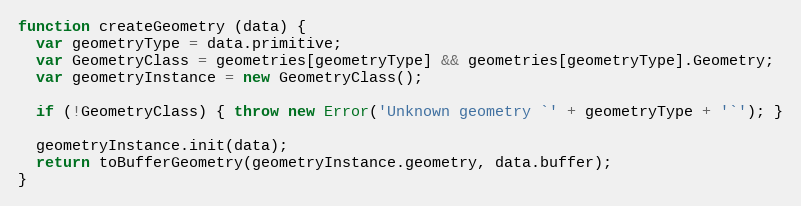
Language: JavaScript
function createGeometry (data) {
  var geometryType = data.primitive;
  var GeometryClass = geometries[geometryType] && geometries[geometryType].Geometry;
  var geometryInstance = new GeometryClass();

  if (!GeometryClass) { throw new Error('Unknown geometry `' + geometryType + '`'); }

  geometryInstance.init(data);
  return toBufferGeometry(geometryInstance.geometry, data.buffer);
}